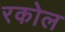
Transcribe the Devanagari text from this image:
रकोल